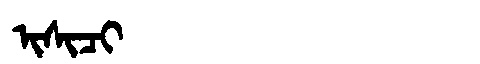
Manchu: ᡳᠰᡳᠴᡳ
Romanization: ISICI